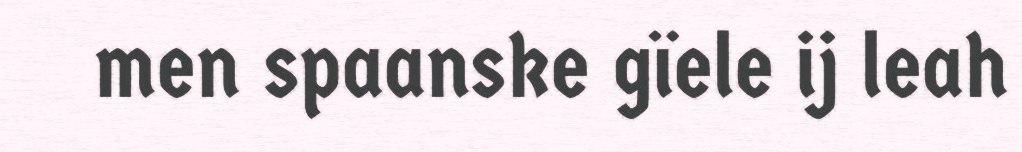
men spaanske gïele ij leah